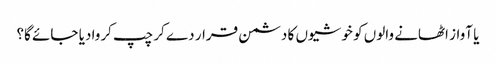
یا آواز اٹھانے والوں کو خوشیوں کا دشمن قرار دے کر چپ کروا دیا جائے گا؟